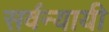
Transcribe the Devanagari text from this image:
सर्वन्यायी